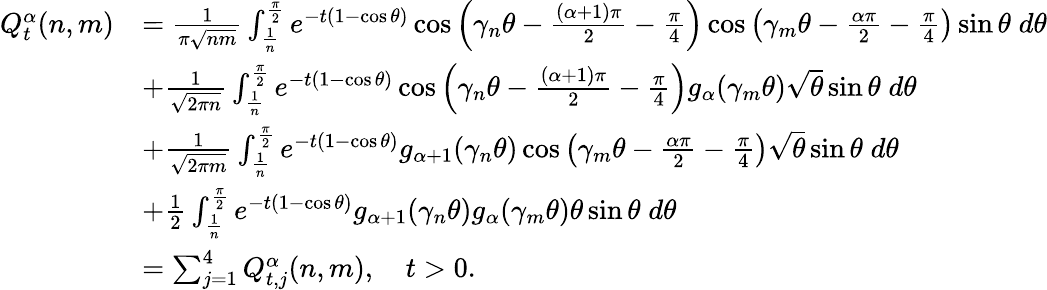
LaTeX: \begin{array}{rl}{Q_{t}^{\alpha}(n,m)}&{=\frac{1}{\pi\sqrt{nm}}\int_{\frac{1}{n}}^{\frac{\pi}{2}}e^{-t(1-\cos\theta)}\cos\left(\gamma_{n}\theta-\frac{(\alpha+1)\pi}{2}-\frac{\pi}{4}\right)\cos\left(\gamma_{m}\theta-\frac{\alpha\pi}{2}-\frac{\pi}{4}\right)\sin\theta\; d\theta}\\ &{+\frac{1}{\sqrt{2\pi n}}\int_{\frac{1}{n}}^{\frac{\pi}{2}}e^{-t(1-\cos\theta)}\cos\left(\gamma_{n}\theta-\frac{(\alpha+1)\pi}{2}-\frac{\pi}{4}\right)g_{\alpha}(\gamma_{m}\theta)\sqrt{\theta}\sin\theta\; d\theta}\\ &{+\frac{1}{\sqrt{2\pi m}}\int_{\frac{1}{n}}^{\frac{\pi}{2}}e^{-t(1-\cos\theta)}g_{\alpha+1}(\gamma_{n}\theta)\cos\left(\gamma_{m}\theta-\frac{\alpha\pi}{2}-\frac{\pi}{4}\right)\sqrt{\theta}\sin\theta\; d\theta}\\ &{+{\frac{1}{2}}\int_{\frac{1}{n}}^{\frac{\pi}{2}}e^{-t(1-\cos\theta)}g_{\alpha+1}(\gamma_{n}\theta)g_{\alpha}(\gamma_{m}\theta){\theta}\sin\theta\; d\theta}\\ &{=\sum_{j=1}^{4}Q_{t,j}^{\alpha}(n,m),\quad t>0.}\end{array}